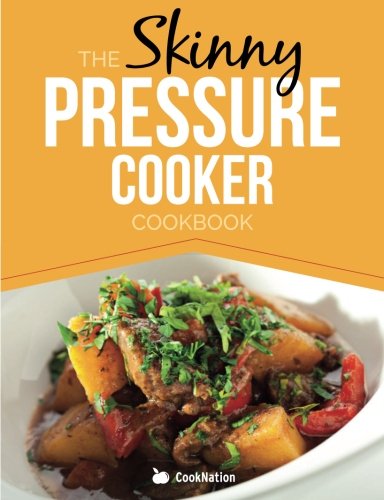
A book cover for The Skinny Pressure Cooker Cookbook: Low Calorie, Healthy & Delicious Meals, Sides & Desserts.  All Under 300, 400 & 500 Calories; CookNation; Cookbooks, Food & Wine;